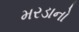
મરડાનો